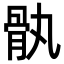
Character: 骫